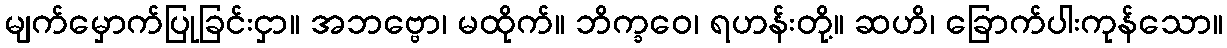
မျက်မှောက်ပြုခြင်းငှာ။ အဘဗ္ဗော၊ မထိုက်။ ဘိက္ခဝေ၊ ရဟန်းတို့။ ဆဟိ၊ ခြောက်ပါးကုန်သော။